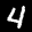
Label: 4